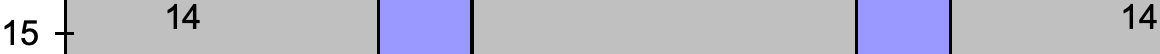
14                              14 15